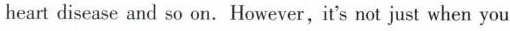
heart disease and so on. However, it's not just when you